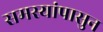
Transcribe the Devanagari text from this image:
समस्यांपासुन